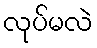
လုပ်မလဲ